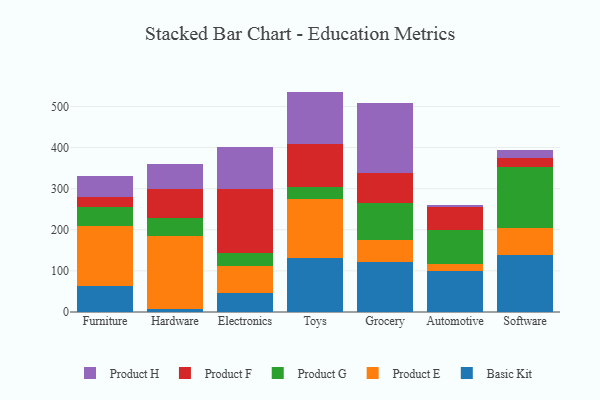
{"axis": {"x": "Category", "y": "Headcount"}, "legend": ["Basic Kit", "Product E", "Product F", "Product G", "Product H"], "data": [{"x": "Furniture", "y": 62.9, "type": "Basic Kit"}, {"x": "Furniture", "y": 147.2, "type": "Product E"}, {"x": "Furniture", "y": 46.0, "type": "Product G"}, {"x": "Furniture", "y": 22.5, "type": "Product F"}, {"x": "Furniture", "y": 52.2, "type": "Product H"}, {"x": "Hardware", "y": 8.1, "type": "Basic Kit"}, {"x": "Hardware", "y": 177.9, "type": "Product E"}, {"x": "Hardware", "y": 42.3, "type": "Product G"}, {"x": "Hardware", "y": 69.8, "type": "Product F"}, {"x": "Hardware", "y": 60.9, "type": "Product H"}, {"x": "Electronics", "y": 45.1, "type": "Basic Kit"}, {"x": "Electronics", "y": 65.8, "type": "Product E"}, {"x": "Electronics", "y": 32.5, "type": "Product G"}, {"x": "Electronics", "y": 155.1, "type": "Product F"}, {"x": "Electronics", "y": 102.5, "type": "Product H"}, {"x": "Toys", "y": 132.6, "type": "Basic Kit"}, {"x": "Toys", "y": 142.4, "type": "Product E"}, {"x": "Toys", "y": 28.1, "type": "Product G"}, {"x": "Toys", "y": 106.4, "type": "Product F"}, {"x": "Toys", "y": 126.7, "type": "Product H"}, {"x": "Grocery", "y": 121.0, "type": "Basic Kit"}, {"x": "Grocery", "y": 54.0, "type": "Product E"}, {"x": "Grocery", "y": 89.0, "type": "Product G"}, {"x": "Grocery", "y": 74.2, "type": "Product F"}, {"x": "Grocery", "y": 170.6, "type": "Product H"}, {"x": "Automotive", "y": 100.6, "type": "Basic Kit"}, {"x": "Automotive", "y": 16.2, "type": "Product E"}, {"x": "Automotive", "y": 83.4, "type": "Product G"}, {"x": "Automotive", "y": 55.3, "type": "Product F"}, {"x": "Automotive", "y": 5.8, "type": "Product H"}, {"x": "Software", "y": 139.5, "type": "Basic Kit"}, {"x": "Software", "y": 64.3, "type": "Product E"}, {"x": "Software", "y": 149.5, "type": "Product G"}, {"x": "Software", "y": 21.3, "type": "Product F"}, {"x": "Software", "y": 20.0, "type": "Product H"}]}